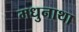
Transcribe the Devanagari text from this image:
मधुनाथा